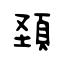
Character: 頚